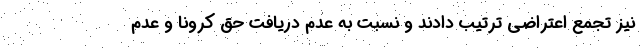
نیز تجمع اعتراضی ترتیب دادند و نسبت به عدم دریافت حق کرونا و عدم